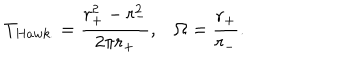
T _ { H a w k . } = \frac { r _ { + } ^ { 2 } - r _ { - } ^ { 2 } } { 2 \pi r _ { + } } , \Omega = \frac { r _ { + } } { r _ { - } } .